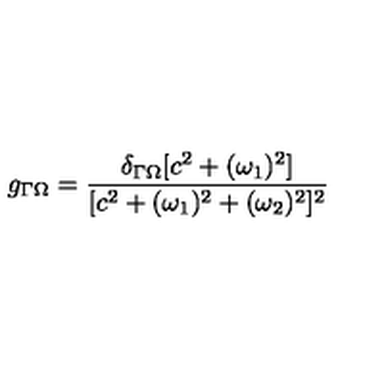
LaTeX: g _ { \Gamma \Omega } = { \frac { \delta _ { \Gamma \Omega } [ c ^ { 2 } + ( \omega _ { 1 } ) ^ { 2 } ] } { [ c ^ { 2 } + ( \omega _ { 1 } ) ^ { 2 } + ( \omega _ { 2 } ) ^ { 2 } ] ^ { 2 } } }